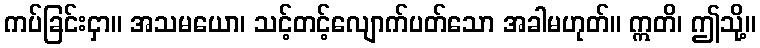
ကပ်ခြင်းငှာ။ အသမယော၊ သင့်တင့်လျောက်ပတ်သော အခါမဟုတ်။ ဣတိ၊ ဤသို့။